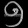
Digit: ၅